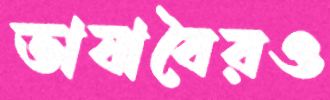
ভাষাবৈরও